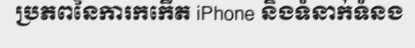
ប្រភពនៃការកកើត iPhone និងទំនាក់ទំនង